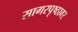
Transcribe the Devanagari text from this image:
सागरपृष्ठावर